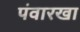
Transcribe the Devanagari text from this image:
पंवारखा